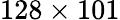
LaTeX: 128\times 101